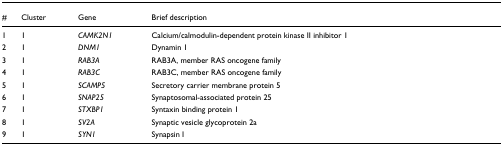
<table><thead><tr><td><b>#</b></td><td><b>Cluster</b></td><td><b>Gene</b></td><td><b>Brief description</b></td></tr></thead><tbody><tr><td>1</td><td>1</td><td><i>CAMK2N1</i></td><td>Calcium/calmodulin-dependent protein kinase II inhibitor 1</td></tr><tr><td>2</td><td>1</td><td><i>DNM1</i></td><td>Dynamin 1</td></tr><tr><td>3</td><td>1</td><td><i>RAB3A</i></td><td>RAB3A, member RAS oncogene family</td></tr><tr><td>4</td><td>1</td><td><i>RAB3C</i></td><td>RAB3C, member RAS oncogene family</td></tr><tr><td>5</td><td>1</td><td><i>SCAMP5</i></td><td>Secretory carrier membrane protein 5</td></tr><tr><td>6</td><td>1</td><td><i>SNAP25</i></td><td>Synaptosomal-associated protein 25</td></tr><tr><td>7</td><td>1</td><td><i>STXBP1</i></td><td>Syntaxin binding protein 1</td></tr><tr><td>8</td><td>1</td><td><i>SV2A</i></td><td>Synaptic vesicle glycoprotein 2a</td></tr><tr><td>9</td><td>1</td><td><i>SYN1</i></td><td>Synapsin I</td></tr></tbody></table>